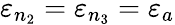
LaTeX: \varepsilon_{n_{2}}=\varepsilon_{n_{3}}=\varepsilon_{a}